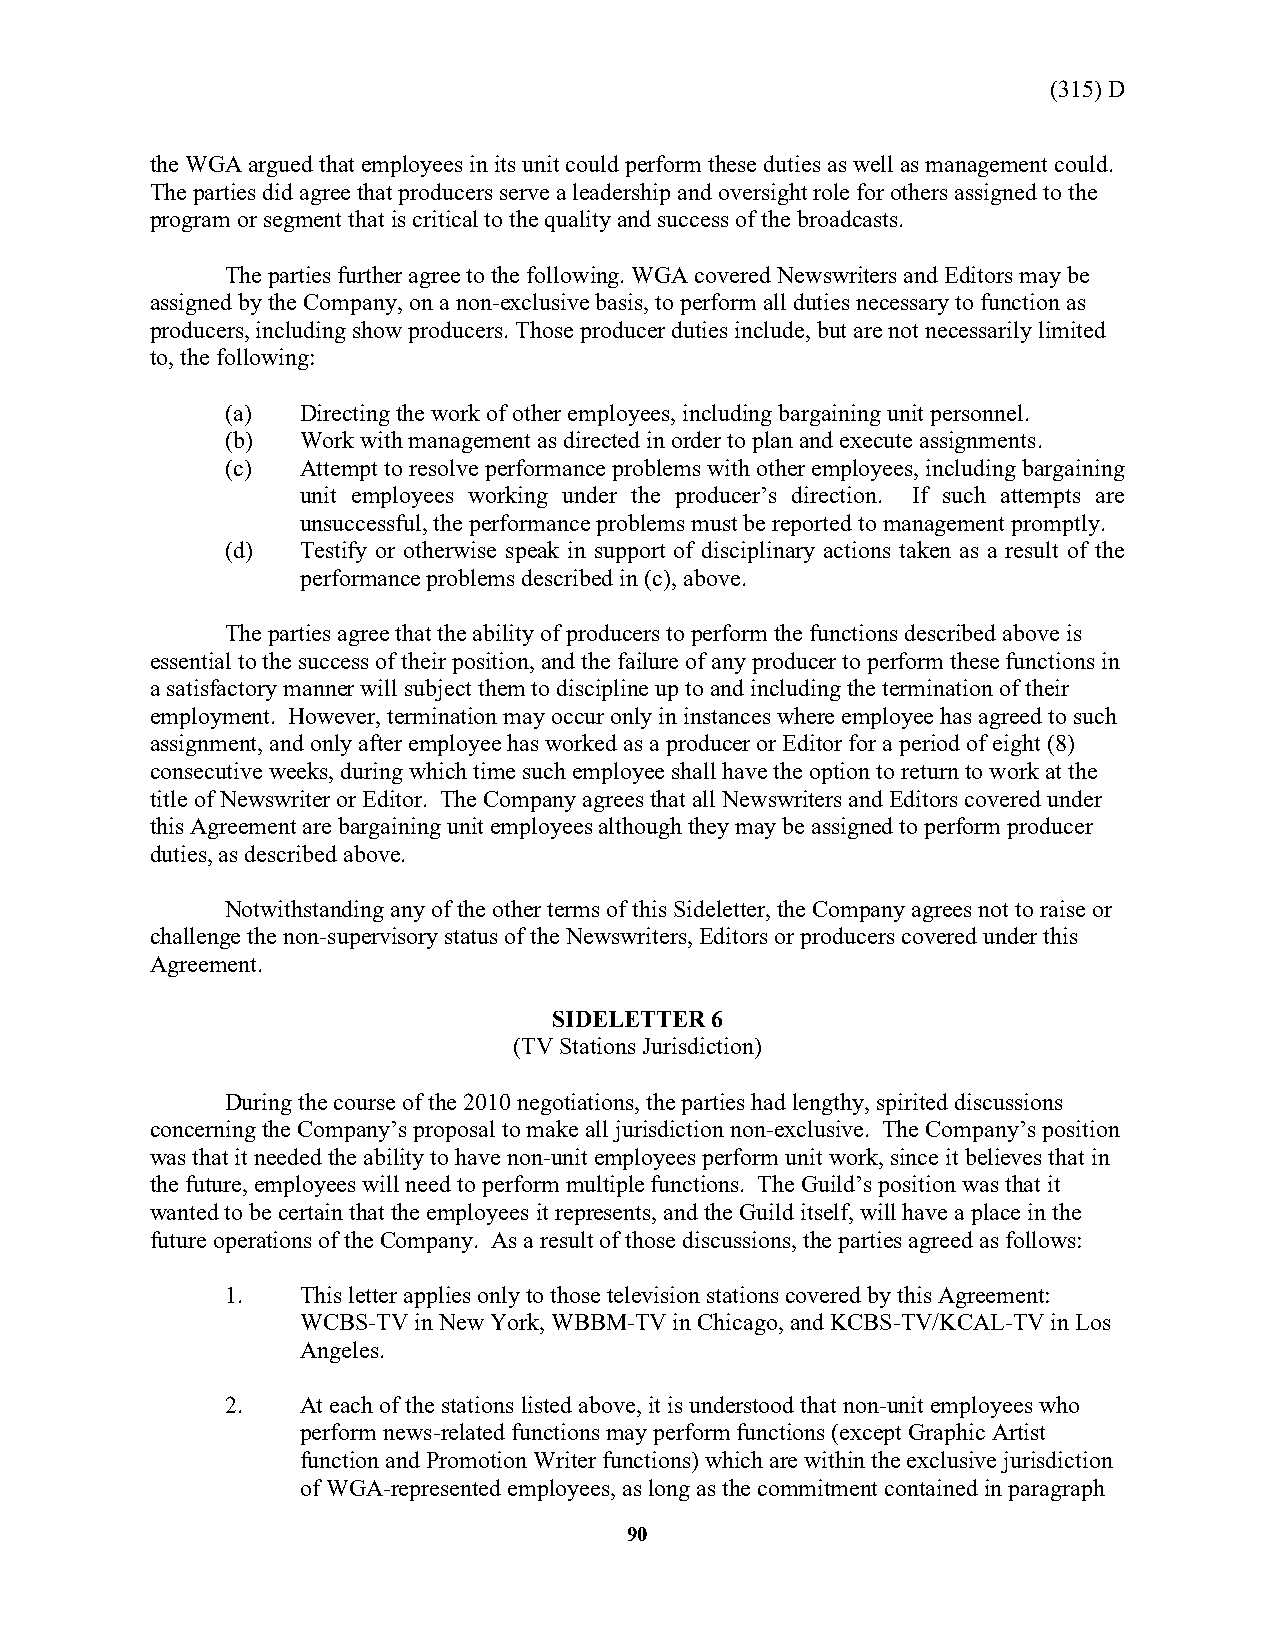
(315) D
 the WGA argued that employees in its unit could perform these duties as well as management could.
 The parties did agree that producers serve a leadership and oversight role for others assigned to the
 program or segment that is critical to the quality and success of the broadcasts.
 The parties further agree to the following. WGA covered Newswriters and Editors may be
 assigned by the Company, on a non-exclusive basis, to perform all duties necessary to function as
 producers, including show producers. Those producer duties include, but are not necessarily limited
 to, the following:
 (a)  Directing the work of other employees, including bargaining unit personnel.
 (b)  Work with management as directed in order to plan and execute assignments.
 (c)  Attempt to resolve performance problems with other employees, including bargaining
 unit employees working under the producer’s direction. If such attempts are
 unsuccessful, the performance problems must be reported to management promptly.
 (d)  Testify or otherwise speak in support of disciplinary actions taken as a result of the
 performance problems described in (c), above.
 The parties agree that the ability of producers to perform the functions described above is
 essential to the success of their position, and the failure of any producer to perform these functions in
 a satisfactory manner will subject them to discipline up to and including the termination of their
 employment. However, termination may occur only in instances where employee has agreed to such
 assignment, and only after employee has worked as a producer or Editor for a period of eight (8)
 consecutive weeks, during which time such employee shall have the option to return to work at the
 title of Newswriter or Editor. The Company agrees that all Newswriters and Editors covered under
 this Agreement are bargaining unit employees although they may be assigned to perform producer
 duties, as described above.
 Notwithstanding any of the other terms of this Sideletter, the Company agrees not to raise or
 challenge the non-supervisory status of the Newswriters, Editors or producers covered under this
 Agreement.
 SIDELETTER 6
 (TV Stations Jurisdiction)
 During the course of the 2010 negotiations, the parties had lengthy, spirited discussions
 concerning the Company’s proposal to make all jurisdiction non-exclusive. The Company’s position
 was that it needed the ability to have non-unit employees perform unit work, since it believes that in
 the future, employees will need to perform multiple functions. The Guild’s position was that it
 wanted to be certain that the employees it represents, and the Guild itself, will have a place in the
 future operations of the Company. As a result of those discussions, the parties agreed as follows:
 1.   This letter applies only to those television stations covered by this Agreement:
 WCBS-TV in New York, WBBM-TV in Chicago, and KCBS-TV/KCAL-TV in Los
 Angeles.
 2.   At each of the stations listed above, it is understood that non-unit employees who
 perform news-related functions may perform functions (except Graphic Artist
 function and Promotion Writer functions) which are within the exclusive jurisdiction
 of WGA-represented employees, as long as the commitment contained in paragraph
 90